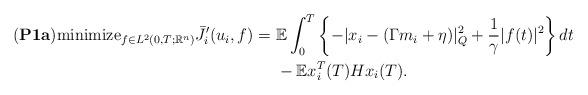
LaTeX: \begin{align*}({\bf P1a}){\rm minimize}_{f\in L^2(0,T; {\mathbb R}^n)} \bar J_{i}'(u_i,f) =\ &{\mathbb E} \int_0^T \left\{ -| x_i-(\Gamma m_i +\eta)|^2_Q +\frac{1}{\gamma} |f(t)|^2 \right\} dt\\ &- {\mathbb E}x_i^T(T)Hx_i(T). \end{align*}